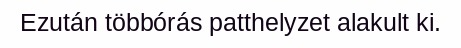
Ezután többórás patthelyzet alakult ki.